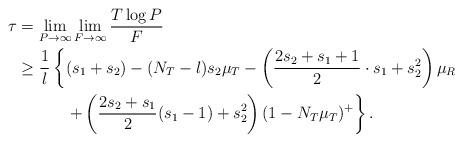
LaTeX: \begin{align*}\tau&=\lim_{P\to\infty}\lim_{F\to\infty}\frac{T\log P}{F}\\&\ge\frac{1}{l}\left\{ (s_1+s_2)-(N_T-l)s_2\mu_T-\left(\frac{2s_2+s_1+1}{2}\cdot s_1+s_2^2\right)\mu_R\right.\\&\qquad\quad\left.+\left(\frac{2s_2+s_1}{2}(s_1-1)+s_2^2\right)(1-N_T\mu_T)^+\right\}.\end{align*}